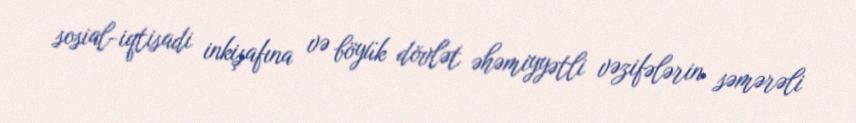
sosial-iqtisadi inkişafına və böyük dövlət əhəmiyyətli vəzifələrin səmərəli